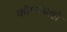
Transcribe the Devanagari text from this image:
कॊणत्याही